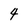
Character: 4